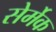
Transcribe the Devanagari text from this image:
सेर्मेक